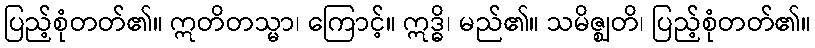
ပြည့်စုံတတ်၏။ ဣတိတသ္မာ၊ ကြောင့်။ ဣဒ္ဓိ၊ မည်၏။ သမိဇ္ဈတိ၊ ပြည့်စုံတတ်၏။